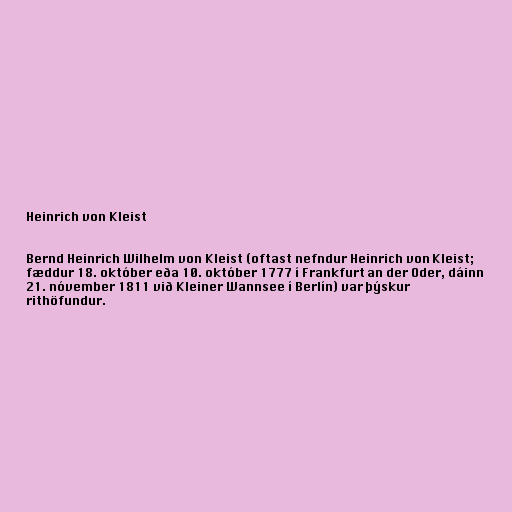
Heinrich von Kleist

Bernd Heinrich Wilhelm von Kleist (oftast nefndur Heinrich von Kleist;
fæddur 18. október eða 10. október 1777 í Frankfurt an der Oder, dáinn
21. nóvember 1811 við Kleiner Wannsee í Berlín) var þýskur
rithöfundur.